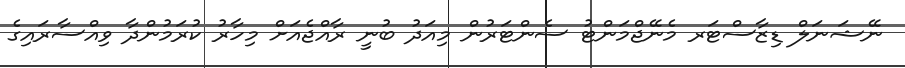
ނޭޝަނަލް ޑިޒާސްޓަރ މެނޭޖްމަންޓު ސެންޓަރުން މިއަދު ބުނީ ރާއްޖެއަށް މިހާރު ކުރަމުންދާ ވިއްސާރައިގެ